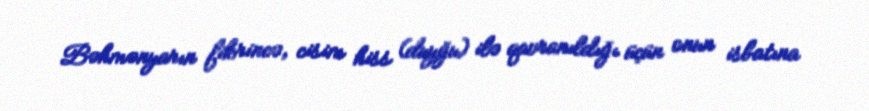
Bəhmənyarın fikrincə, cisim hiss (duyğu) ilə qavranıldığı üçün onun isbatına